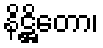
နိဋ္ဌိတော၊